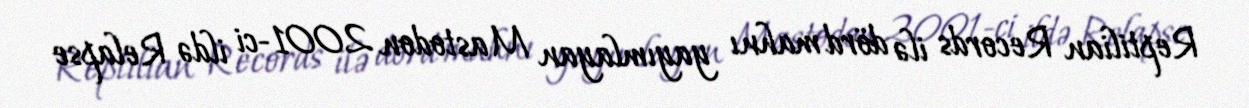
Reptilian Records ilə dörd mahnı yayımlayan Mastodon 2001-ci ildə Relapse